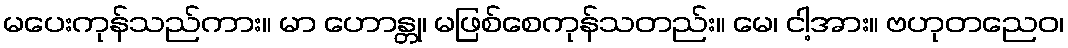
မပေးကုန်သည်ကား။ မာ ဟောန္တု၊ မဖြစ်စေကုန်သတည်း။ မေ၊ ငါ့အား။ ဗဟုတညေဝ၊